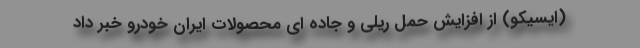
(ایسیکو) از افزایش حمل ریلی و جاده ای محصولات ایران خودرو خبر داد